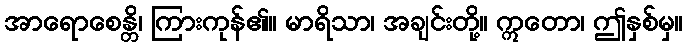
အာရောစေန္တိ၊ ကြားကုန်၏။ မာရိသာ၊ အချင်းတို့။ ဣတော၊ ဤနှစ်မှ။